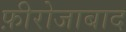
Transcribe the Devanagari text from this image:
फ़ीरोजाबाद